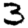
Digit: 3